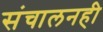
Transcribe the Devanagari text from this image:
संचालनही